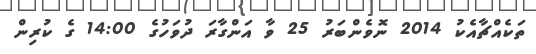
ތަކެއްޗާއެކު 2014 ނޮވެންބަރު 25 ވާ އަންގާރަ ދުވަހުގެ 14:00 ގެ ކުރިން